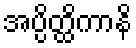
အပ္ပိတ္ထိကာနိ